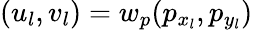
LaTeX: (u_{l},v_{l})=w_{p}(p_{x_{l}},p_{y_{l}})